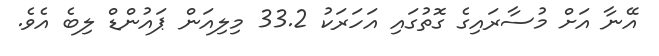
އޭނާ އަށް މުސާރައިގެ ގޮތުގައި އަހަރަކު 33.2 މިލިއަން ޕައުންޑް ލިބެ އެވެ.